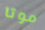
موتا